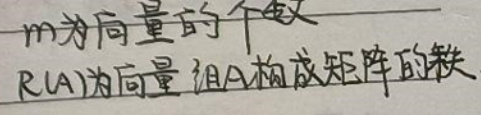
m为向量的个数 \\
R(A)为向量组A构成矩阵的秩